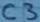
Text: C3